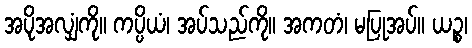
အပိုအလျှံကို။ ကပ္ပိယံ၊ အပ်သည်ကို။ အကတံ၊ မပြုအပ်။ ယဉ္စ၊